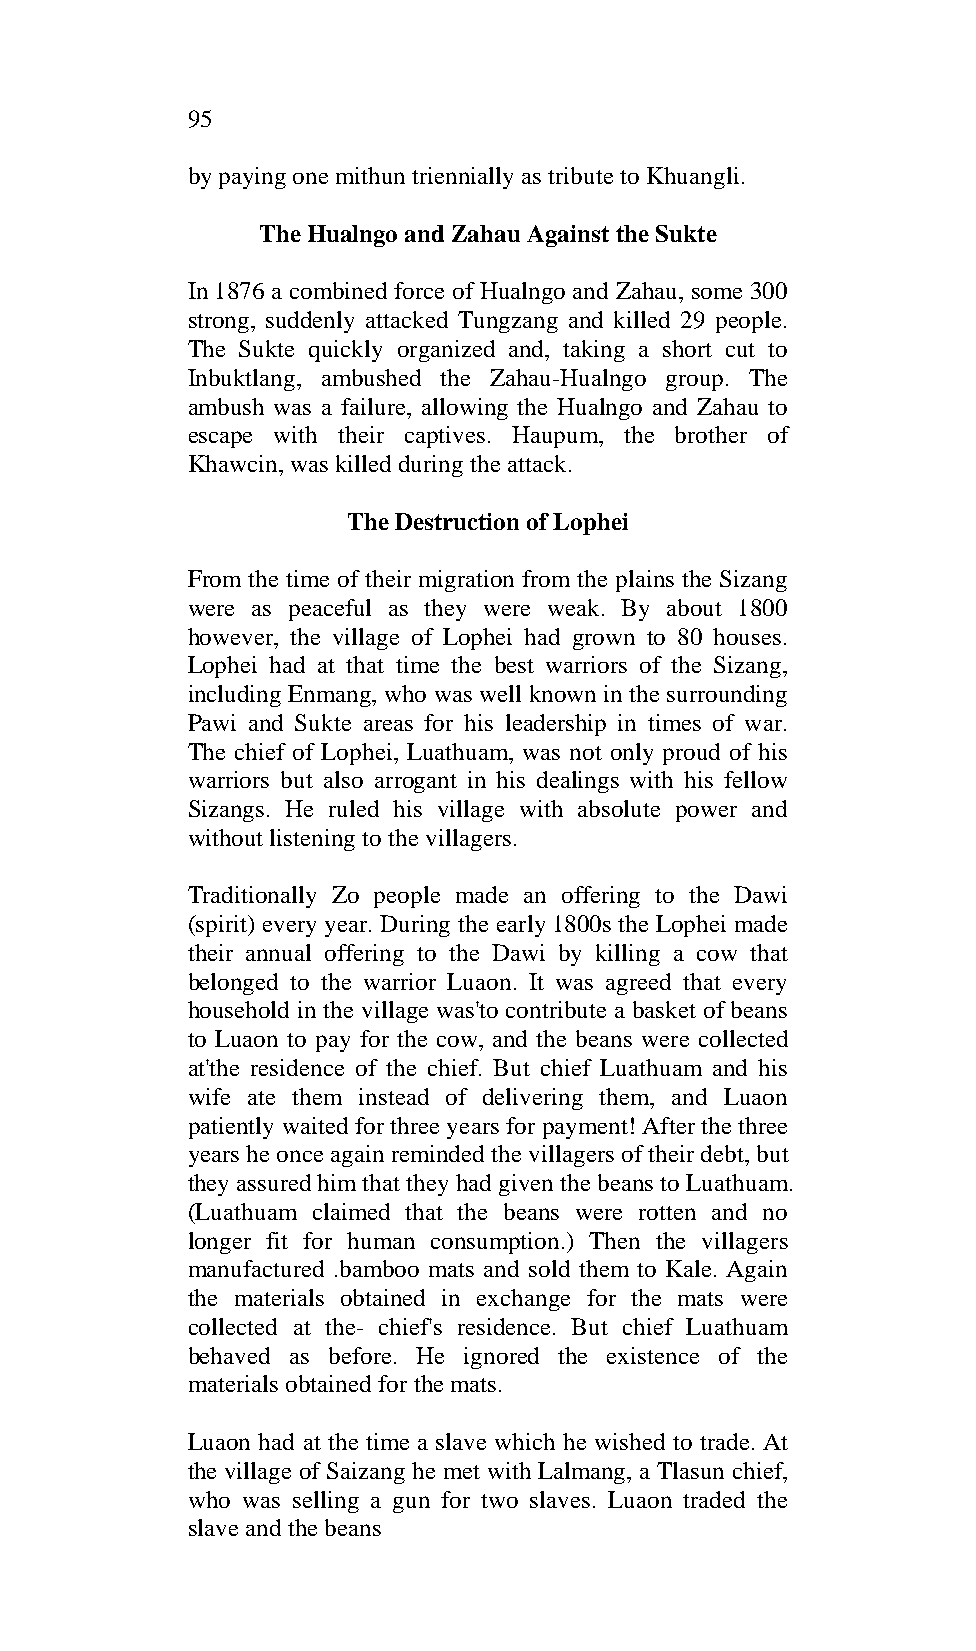
95
 by paying one mithun triennially as tribute to Khuangli.
 The Hualngo and Zahau Against the Sukte
 In 1876 a combined force of Hualngo and Zahau, some 300
 strong, suddenly attacked Tungzang and killed 29 people.
 The Sukte quickly organized and, taking a short cut to
 Inbuktlang, ambushed the Zahau-Hualngo group. The
 ambush was a failure, allowing the Hualngo and Zahau to
 escape with their captives. Haupum, the brother of
 Khawcin, was killed during the attack.
 The Destruction of Lophei
 From the time of their migration from the plains the Sizang
 were as peaceful as they were weak. By about 1800
 however, the village of Lophei had grown to 80 houses.
 Lophei had at that time the best warriors of the Sizang,
 including Enmang, who was well known in the surrounding
 Pawi and Sukte areas for his leadership in times of war.
 The chief of Lophei, Luathuam, was not only proud of his
 warriors but also arrogant in his dealings with his fellow
 Sizangs. He ruled his village with absolute power and
 without listening to the villagers.
 Traditionally Zo people made an offering to the Dawi
 (spirit) every year. During the early 1800s the Lophei made
 their annual offering to the Dawi by killing a cow that
 belonged to the warrior Luaon. It was agreed that every
 household in the village was'to contribute a basket of beans
 to Luaon to pay for the cow, and the beans were collected
 at'the residence of the chief. But chief Luathuam and his
 wife ate them instead of delivering them, and Luaon
 patiently waited for three years for payment! After the three
 years he once again reminded the villagers of their debt, but
 they assured him that they had given the beans to Luathuam.
 (Luathuam claimed that the beans were rotten and no
 longer fit for human consumption.) Then the villagers
 manufactured .bamboo mats and sold them to Kale. Again
 the materials obtained in exchange for the mats were
 collected at the- chief's residence. But chief Luathuam
 behaved as before. He ignored the existence of the
 materials obtained for the mats.
 Luaon had at the time a slave which he wished to trade. At
 the village of Saizang he met with Lalmang, a Tlasun chief,
 who was selling a gun for two slaves. Luaon traded the
 slave and the beans